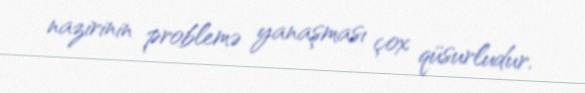
nazirinin problemə yanaşması çox qüsurludur.